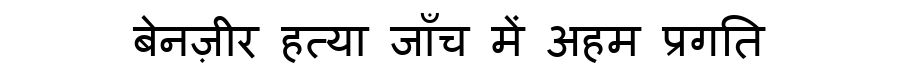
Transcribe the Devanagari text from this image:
बेनज़ीर हत्या जाँच में अहम प्रगति